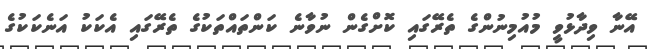
އޭނާ ވިދާޅުވީ މުއުމިނުންގެ ތެރޭގައި ކޮށްގެން ނުވާނެ ކަންތައްތަކުގެ ތެރޭގައި އެކަކު އަނެކަކުގެ